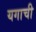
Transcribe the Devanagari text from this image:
यगाची